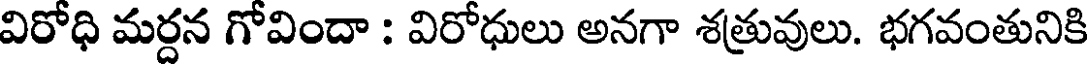
విరోధి మర్దన గోవిందా : విరోధులు అనగా శత్రువులు. భగవంతునికి